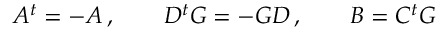
A ^ { t } = - A \, , \qquad D ^ { t } G = - G D \, , \qquad B = C ^ { t } G